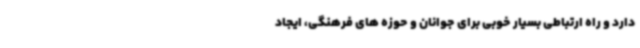
دارد و راه ارتباطی بسیار خوبی برای جوانان و حوزه های فرهنگی، ایجاد